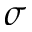
\sigma